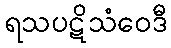
ရသပဋိသံဝေဒီ